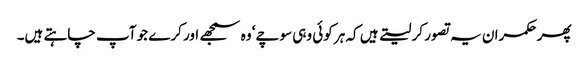
پھر حکمران یہ تصور کر لیتے ہیں کہ ہر کوئی وہی سوچے‘ وہ سمجھے اور کرے جو آپ چاہتے ہیں۔